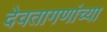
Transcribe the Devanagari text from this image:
देवतागणांच्या